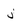
Character: j